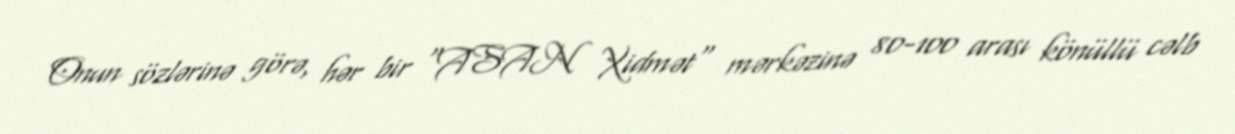
Onun sözlərinə görə, hər bir "ASAN Xidmət" mərkəzinə 80-100 arası könüllü cəlb